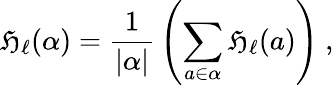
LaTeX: \mathfrak{H}_{\ell}(\alpha)={\frac{{1}}{{|\alpha|}}}\left(\sum_{a\in\alpha}\mathfrak{H}_{\ell}(a)\right)~,